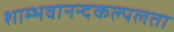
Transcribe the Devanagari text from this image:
शाम्भवानन्दकल्पलता